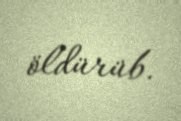
öldürüb.